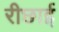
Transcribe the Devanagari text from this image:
रीछाई